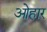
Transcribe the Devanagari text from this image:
ओहार